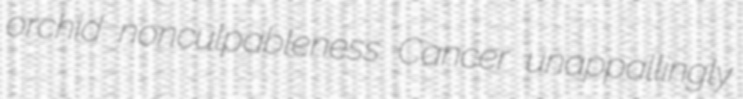
orchid nonculpableness Cancer unappallingly